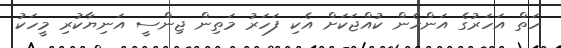
ހަތް އަހަރުގެ އަންހެން ކުއްޖަކަށް އެކި ފަހަރު މަތިން ޖިންސީ އަނިޔާކުރި މީހަކު